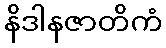
နိဒါနဇာတိကံ